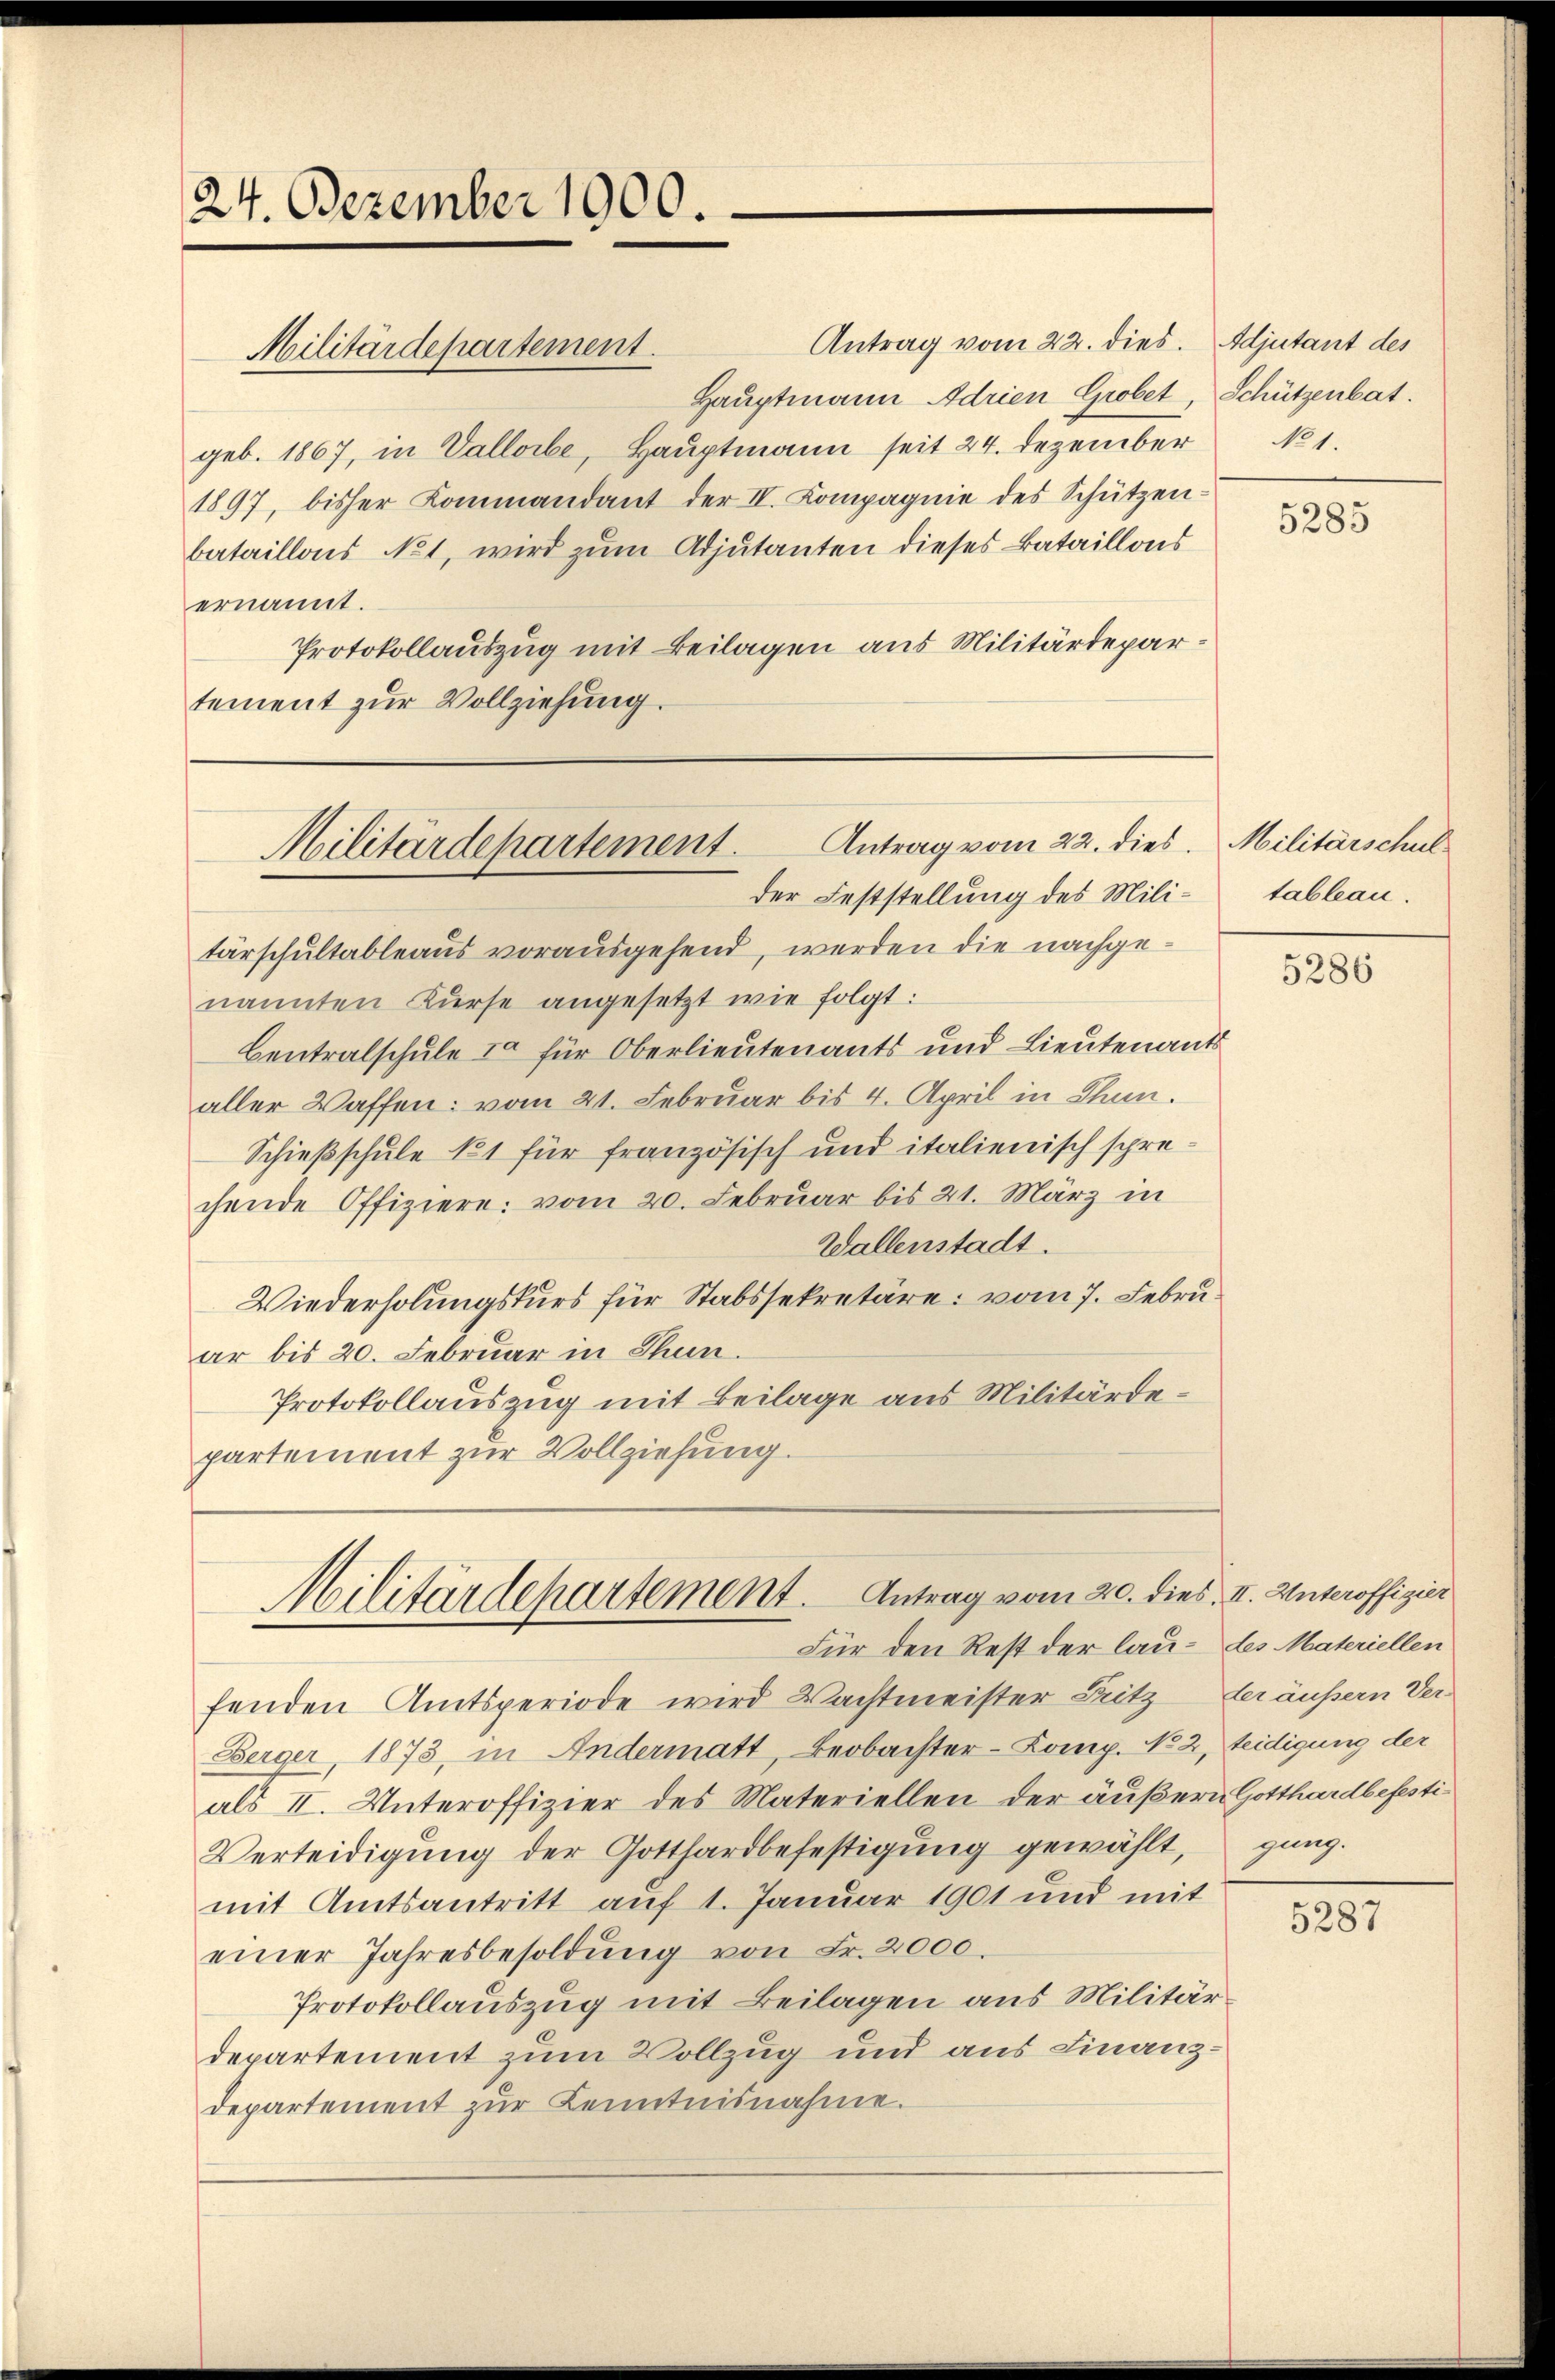
24. Dezember 1900.

Militärdepartement.

Hauptmann Adrien Grobet,
geb. 1867, in Valloibe, Hauptmann seit 24. Dezember
1897, bisher Kommandant der IV. Kompagnie des Schützen-
bataillons No 1, wird zum Adjutanten dieses Bataillons
ernannt.
Protokollauszug mit Beilagen aus Militärdepartement zur Vollziehung.

Militärdepartement. Antrag vom 22. dies. Militärschul

der Feststellung des Militärschultableaus vorausgehend, werden die nachgenannten Kurse angesetzt wie folgt:
Centralschule 10 für Oberlieutenants und Lieutenants
aller Waffen: vom 21. Februar bis 4. April in Thun.
Schießschule 11 für französisch und italienisch sprechende Offiziere: vom 20. Februar bis 21. März in
Wallenstadt.
Wiederholungskurs für Stabssekretäre: vom 7. Febru
ar bis 20. Februar in Thun.
Protokollauszug mit Beilage aus Militärdepartement zur Vollziehung.

Antrag vom 22. dies. Adjutant des

Militärdepartement. Antrag vom 20. dies. II. Unteroffigier
Für den Rest der lau- des Materiellen

Schützenbat.
No 1.

fenden Amtsperiode wird Wachtmeister Leitz der äußern Ver¬
Berger, 1873, in Andermatt, Beobachter-Komp. No 2, leidigung der
als II. Unteroffizier des Materiellen der äußern Gotthardbefesti¬
Verteidigung der Gotthardbefestigung gewählt,
mit Amtsantritt auf 1. Januar 1901 und mit
einer Jahresbesoldŭng von Fr. 2000.
Protokollauszug mit Beilagen aus Militärdepartement zum Vollzug und aus Finanzdepartement zŭr Kenntnisnahme.

5285

tableau.

5286

gung.

5287